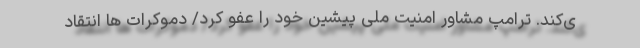
ی‌کند. ترامپ مشاور امنیت ملی پیشین خود را عفو کرد/ دموکرات ها انتقاد